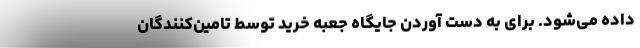
داده می‌شود. برای به دست آوردن جایگاه جعبه خرید توسط تامین­کنندگان